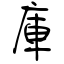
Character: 庫